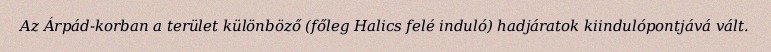
Az Árpád-korban a terület különböző (főleg Halics felé induló) hadjáratok kiindulópontjává vált.